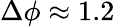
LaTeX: \Delta\phi\approx 1.2